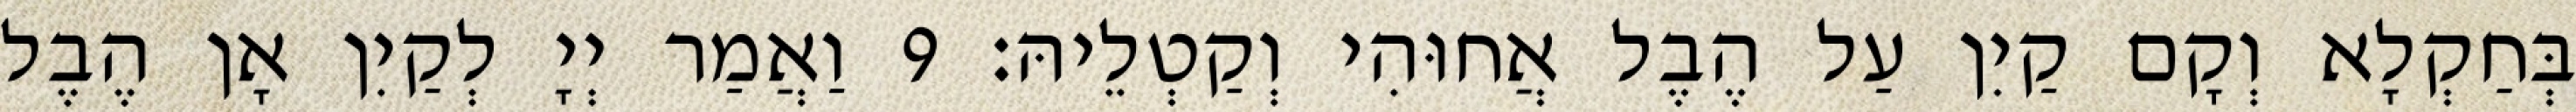
בְּחַקְלָא וְקָם קַיִן עַל הֶבֶל אֲחוּהִי וְקַטְלֵיהּ׃ 9 וַאֲמַר יְיָ לְקַיִן אָן הֶבֶל